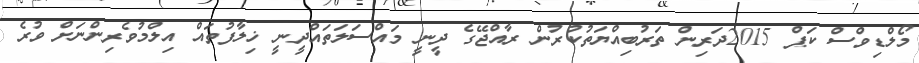
މޯލްޑިވްސް ކަޕް 2015ދަރިން ތަރުބިއްޔަތުކުރުން ރާއްޖޭގެ ދީނީ މައްސަލަތައްދީނީ ޚިލާފުތައް އިލްމުވެރިންނަށް ވުރެ